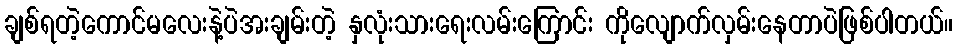
ချစ်ရတဲ့ကောင်မလေးနဲ့ပဲအးချမ်းတဲ့ နှလုံးသားရေးလမ်းကြောင်း ကိုလျောက်လှမ်းနေတာပဲဖြစ်ပါတယ်။